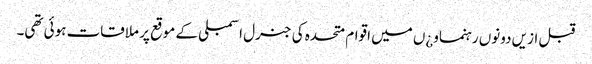
قبل ازیں دونوں رہنماو¿ں میں اقوام متحدہ کی جنرل اسمبلی کے موقع پر ملاقات ہوئی تھی۔